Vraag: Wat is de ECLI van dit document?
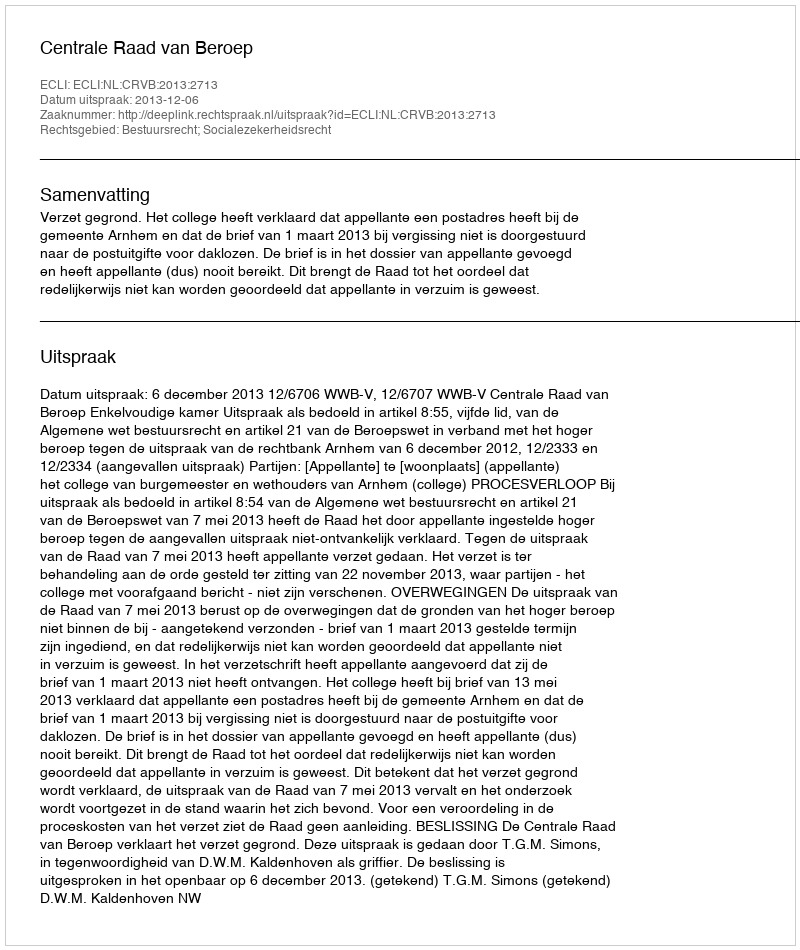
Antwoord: ECLI:NL:CRVB:2013:2713